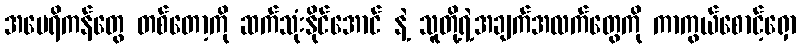
အမေရိကန်တွေ တစ်တော့ကို ဆက်သုံးနိုင်အောင် နဲ့ သူတို့ရဲ့အချက်အလက်တွေကို ကာကွယ်စောင့်ရှော